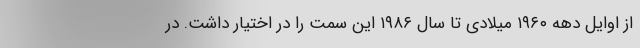
از اوایل دهه ۱۹۶۰ میلادی تا سال ۱۹۸۶ این سمت را در اختیار داشت. در